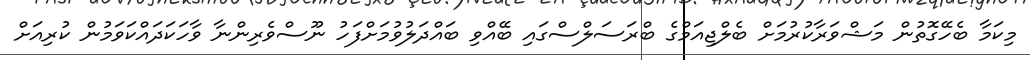
މިކަމާ ބެހޭގޮތުން މަޝްވަރާކުރުމަށް ބެލްޖިއަމްގެ ބްރަސަލްސްގައި ބޭއްވި ބައްދަލުވުމަށްފަހު ނޫސްވެރިންނާ ވާހަކަދައްކަވަމުން ކުރިއަށް